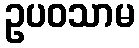
ဥပဝသာမ